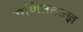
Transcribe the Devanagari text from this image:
गणिततज्ज्ञ